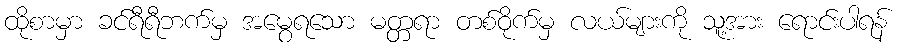
ထိုစာမှာ ခင်ရီရီဘက်မှ အမွေရသော မတ္တရာ တစ်ဝိုက်မှ လယ်များကို သူ့အား ရောင်းပါရန်